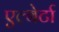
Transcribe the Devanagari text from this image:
एल्बेर्टा